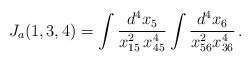
\begin{align*}J_a(1,3,4) = \int \frac{d^4x_5}{x^2_{15} \, x^4_{45}} \int \frac{d^4x_6}{x^2_{56} x^4_{36}}\, .\end{align*}